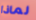
لماذا